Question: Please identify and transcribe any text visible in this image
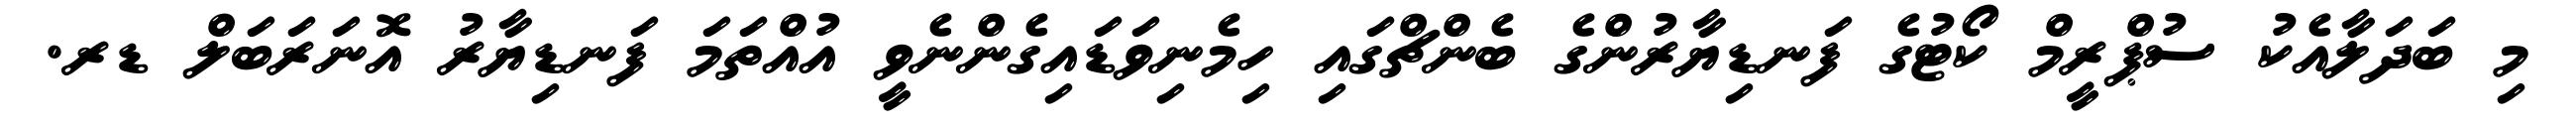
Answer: މި ބަދަލާއެކު ސުޕްރީމް ކޯޓުގެ ފަނޑިޔާރުންގެ ބެންޗްގައި ހިމެނިވަޑައިގެންނެވީ އުއްތަމަ ފަނޑިޔާރު އޮނަރަބަލް ޑރ.